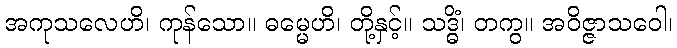
အကုသလေဟိ၊ ကုန်သော။ ဓမ္မေဟိ၊ တို့နှင့်။ သဒ္ဓိံ၊ တကွ။ အဝိဇ္ဇာသဝေါ၊